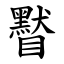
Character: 䁿